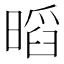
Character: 𭧏